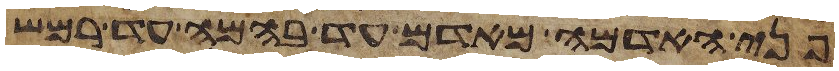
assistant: פני האדמה מאדם עד בהמה עד רמש